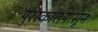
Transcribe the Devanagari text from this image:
पुरस्कारांपासून